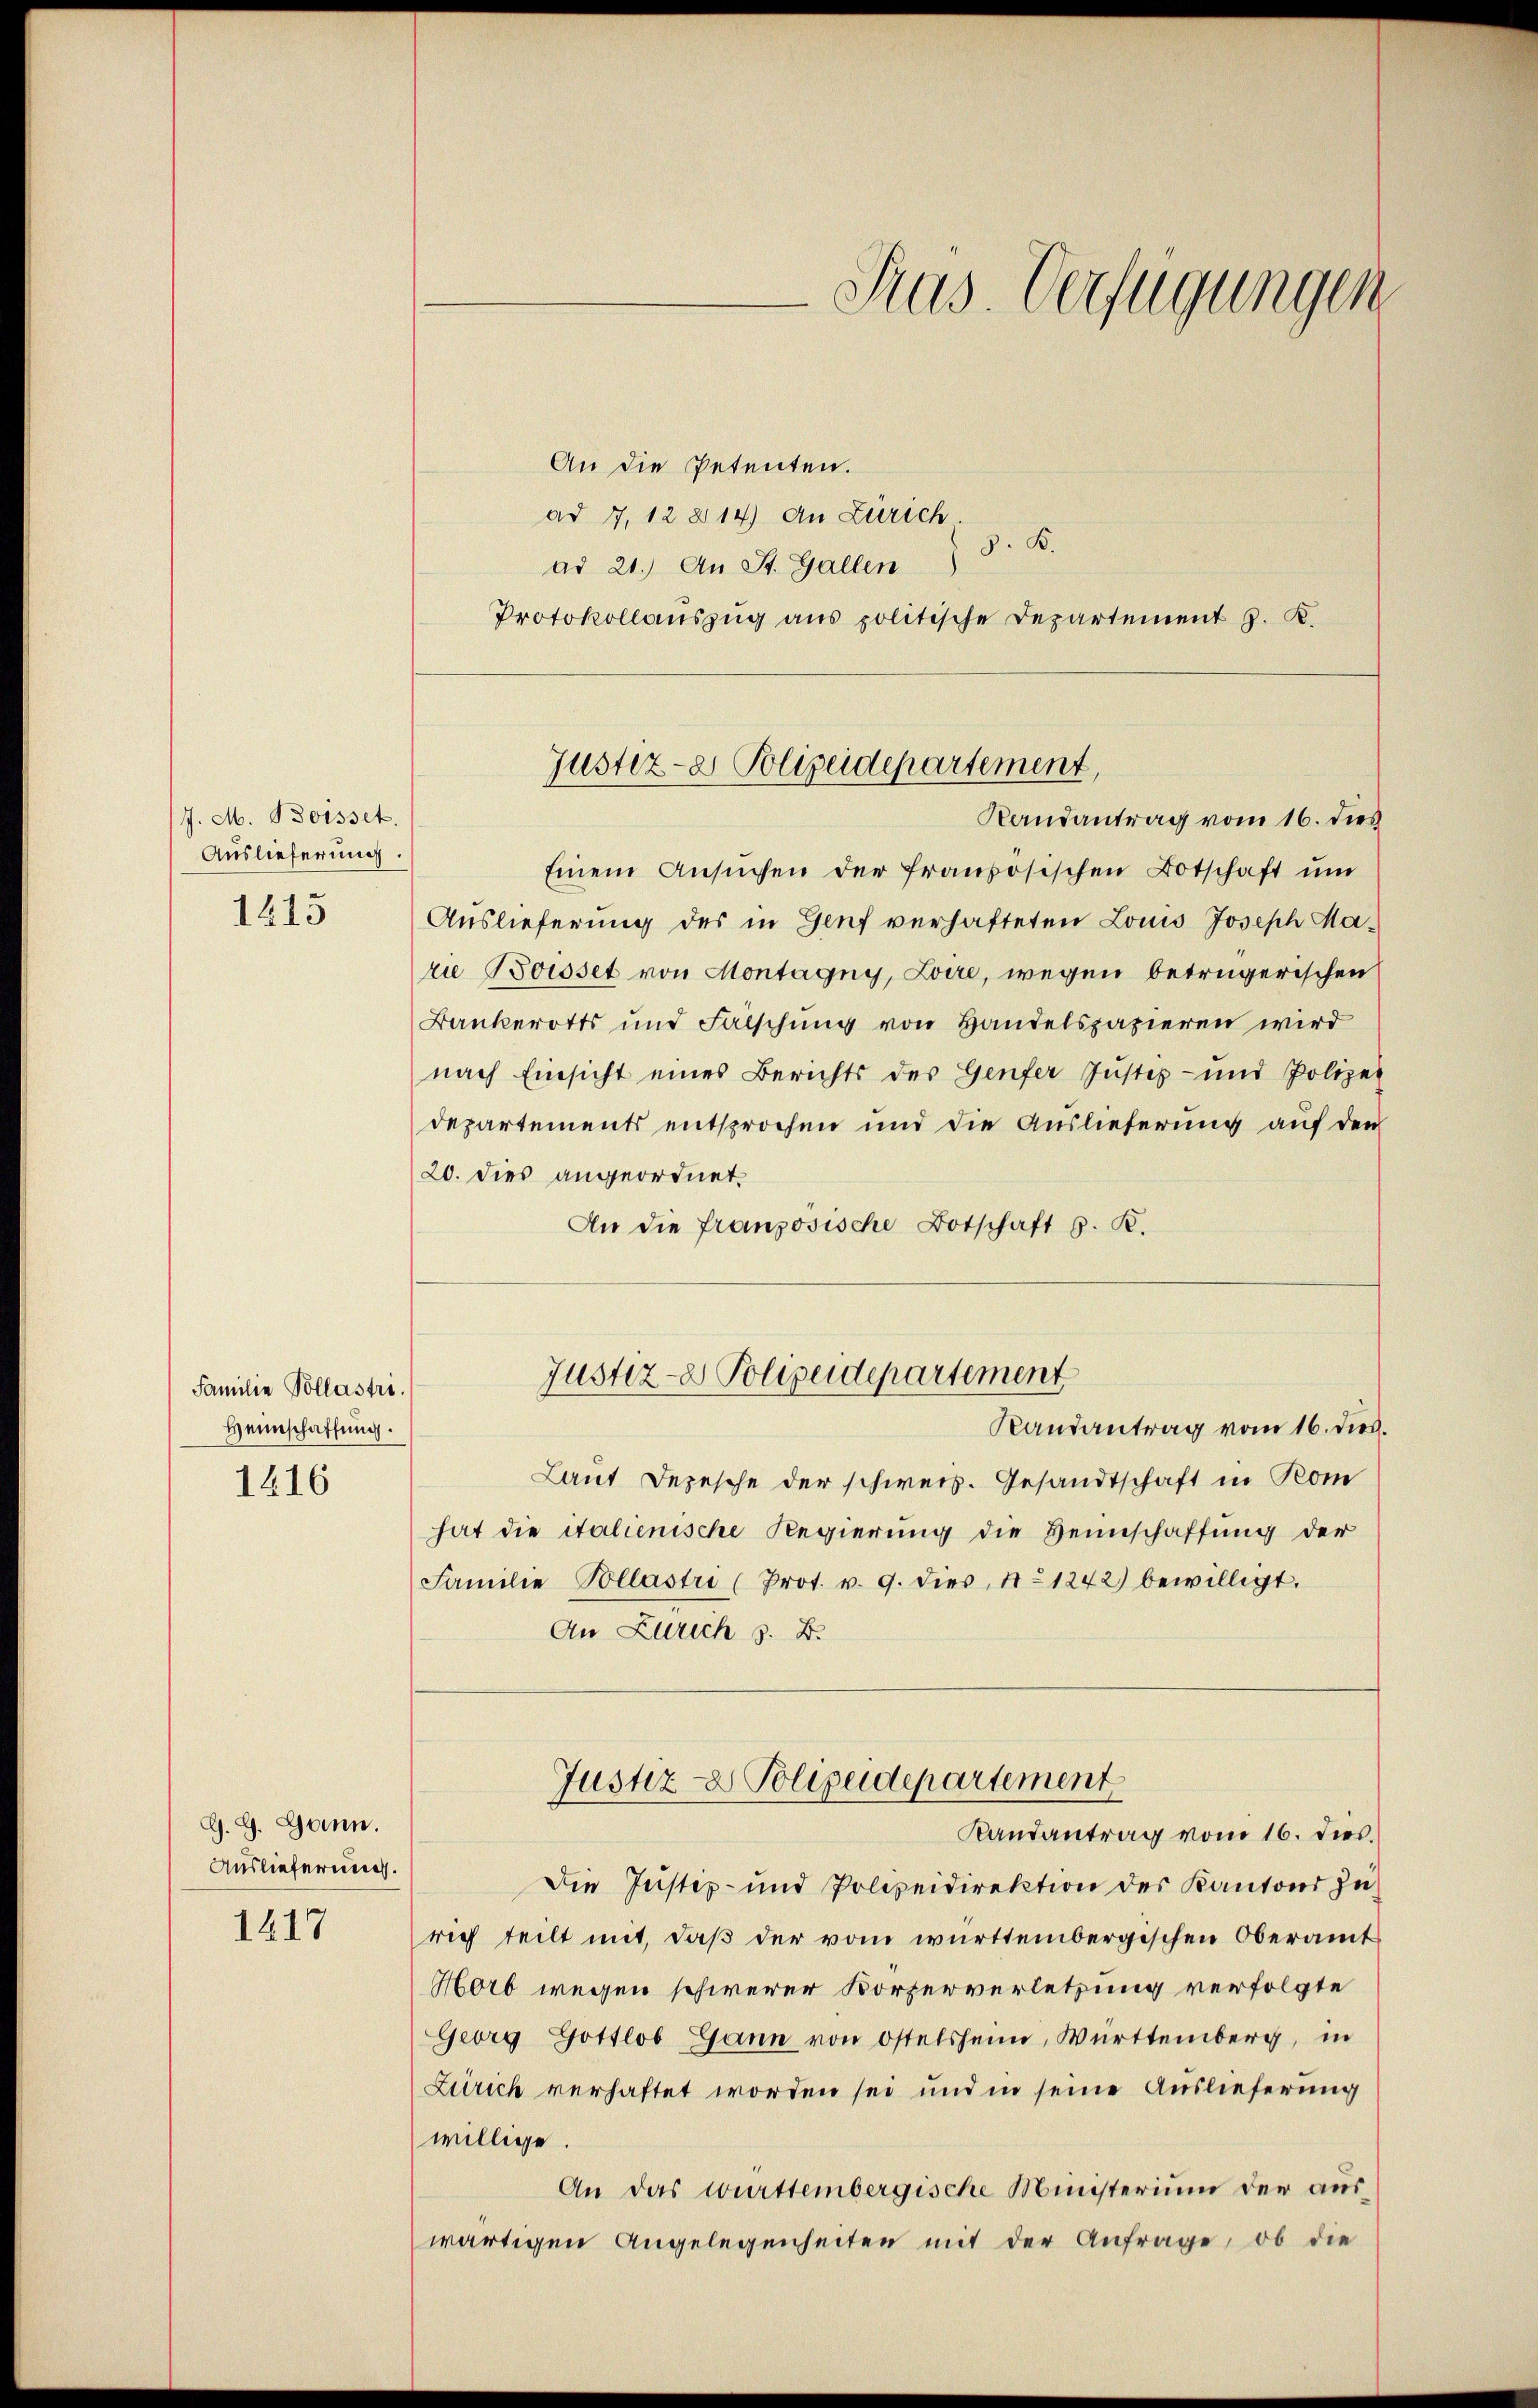
J. M. Boisset.
Auslieferung.
1415

Familie Pollastr.
Heimschaffung.
1416

G. G. Bonn.
Auslieferung.

1417

An die Petenten.
ad 7, 12 § 14) An Zürich
9. K.
ad 21.) An St. Gallen
Protokollanszŭg ans politische Departement J. K.

Sus. Verfügungen

Einem Ansŭchen der französischen Botschaft ŭm
Auslieferung des in Genf verhafteten Louis Joseph Marie Bousset von Montagny, Loire, wegen betrügerischen
Bankerotts und Fälschung von Handelspazieren wird
nach Einsicht eines Berichts des Genfer Justiz- und Polizei
departements entsprochen und die Auslieferung auf den
20. dies angeordnet.
An die französische Botschaft z. B.
Randantrag vom 16. dieß.
Laut Depesche der schweiz. Gesandtschaft in Kom
hat die italienische Regierung die Heinschaffung der
Familie Pollastri (Prot. v. 9. dies, No 1242) bewilligt.
An Zürich z. B.
Justiz- & Polizeidepartement
Randantrag von 16. dies
Die Justiz- und Polizeidirektion des Kantons zu
rich teilt mit, daß der vom württembergischen Oberamt
Horb wegen schwerer Körperverletzung verfolgte
Georg Gottlob Gann von Ostelsheim, Württemberg, in
Zürich verhaftet worden sei und in seine Auslieferung
willige
An das württembergische Ministerium der auswärtigen Angelegenheiten mit der Anfrage, ob die

Justiz- & Polizeidepartement,
Randantrag vom 16. dies

Justiz- & Polizeidepartement